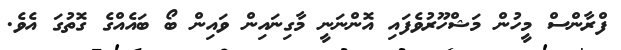
ފްރާންސް މީހުން މަޝްހޫރުވެފައި އޮންނަނީ މާގިނައިން ވައިން ބޯ ބައެއްގެ ގޮތުގަ އެވެ.